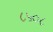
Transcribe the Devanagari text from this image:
८५०८